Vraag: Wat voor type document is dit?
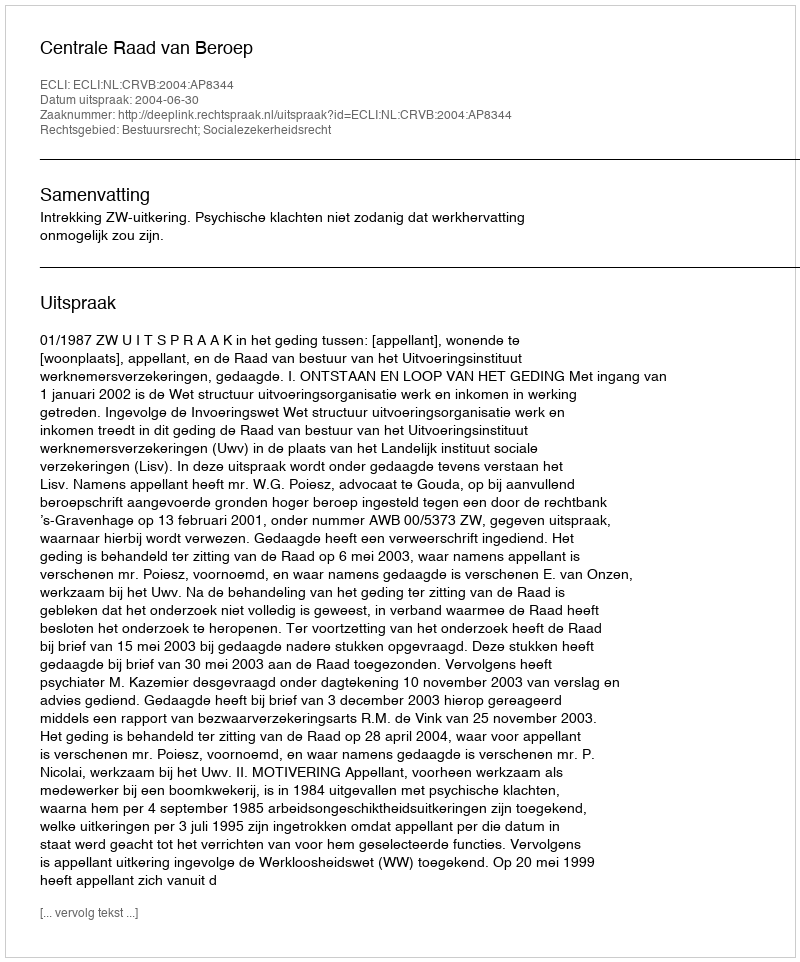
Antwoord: Uitspraak